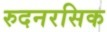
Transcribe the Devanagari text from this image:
रुदनरसिक